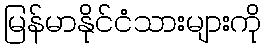
မြန်မာနိုင်ငံသားများကို